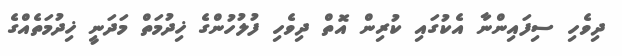
ދިވެހި ސިފައިންނާ އެކުގައި ކުރިން އޮތް ދިވެހި ފުލުހުންގެ ޚިދުމަތް މަދަނީ ޚިދުމަތެއްގެ